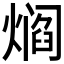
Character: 𰟘